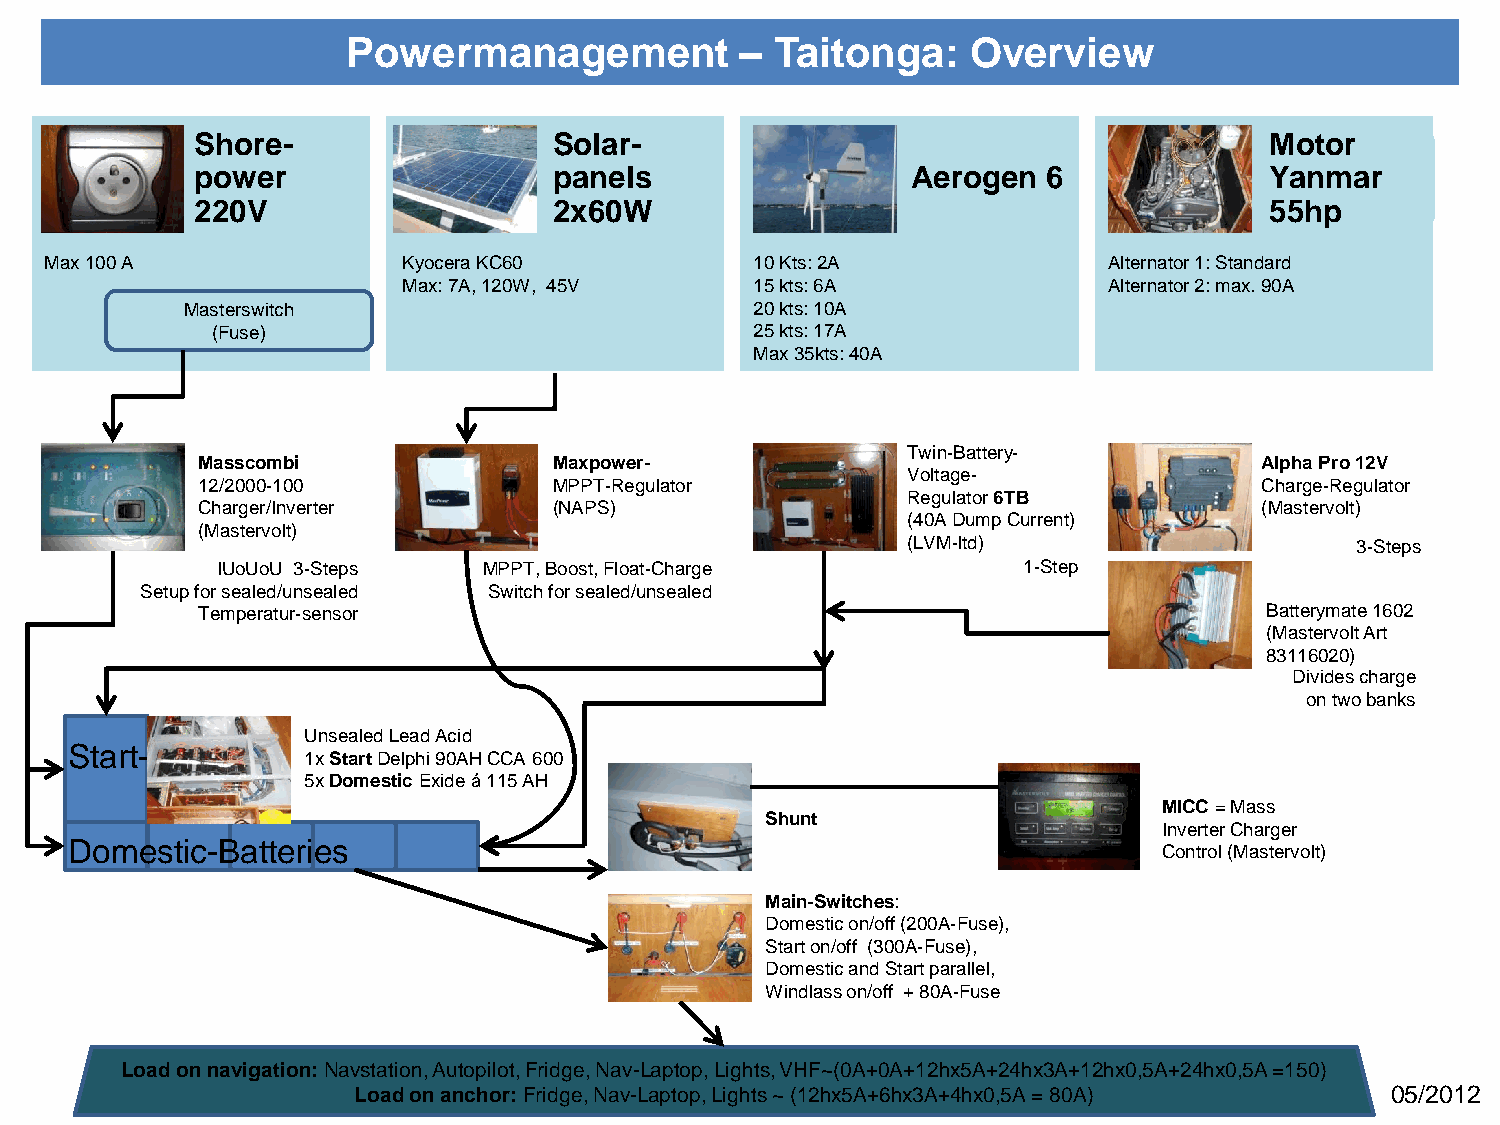
Powermanagement           – Taitonga:    Overview
 Shore-                  Solar-                                         Motor
 power                   panels                 Aerogen  6              Yanmar
 220V                    2x60W                                          55hp
 Max 100 A               Kyocera KC60           10 Kts: 2A             Alternator 1: Standard
 Max: 7A, 120W, 45V     15 kts: 6A             Alternator 2: max. 90A
 Masterswitch                          20 kts: 10A
 (Fuse)                              25 kts: 17A
 Max 35kts: 40A
 Twin-Battery-
 Masscombi               Maxpower-                                      Alpha Pro 12V
 Voltage-
 12/2000-100             MPPT-Regulator                                 Charge-Regulator
 Regulator 6TB
 Charger/Inverter        (NAPS)                                         (Mastervolt)
 (40A Dump Current)
 (Mastervolt)
 (LVM-ltd)                     3-Steps
 IUoUoU 3-Steps    MPPT, Boost, Float-Charge           1-Step
 Setup for sealed/unsealed Switch for sealed/unsealed
 Temperatur-sensor                                                      Batterymate 1602
 (Mastervolt Art
 83116020)
 Divides charge
 on two banks
 Unsealed Lead Acid
 Start-
 1x Start Delphi 90AH CCA 600
 5x Domestic Exide á 115 AH
 MICC = Mass
 Shunt
 Inverter Charger
 Domestic-Batteries
 Control (Mastervolt)
 Main-Switches:
 Domestic on/off (200A-Fuse),
 Start on/off (300A-Fuse),
 Domestic and Start parallel,
 Windlass on/off + 80A-Fuse
 Load on navigation: Navstation, Autopilot, Fridge, Nav-Laptop, Lights, VHF~(0A+0A+12hx5A+24hx3A+12hx0,5A+24hx0,5A =150)
 Load on anchor: Fridge, Nav-Laptop, Lights ~ (12hx5A+6hx3A+4hx0,5A = 80A) 05/2012